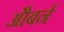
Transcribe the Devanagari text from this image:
औबर्न